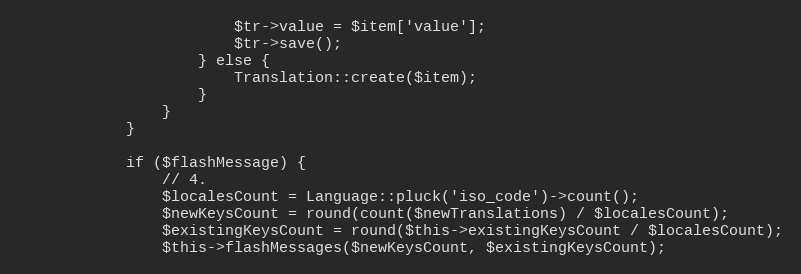
Language: PHP
                        $tr->value = $item['value'];
                        $tr->save();
                    } else {
                        Translation::create($item);
                    }
                }
            }

            if ($flashMessage) {
                // 4.
                $localesCount = Language::pluck('iso_code')->count();
                $newKeysCount = round(count($newTranslations) / $localesCount);
                $existingKeysCount = round($this->existingKeysCount / $localesCount);
                $this->flashMessages($newKeysCount, $existingKeysCount);